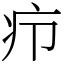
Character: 疖